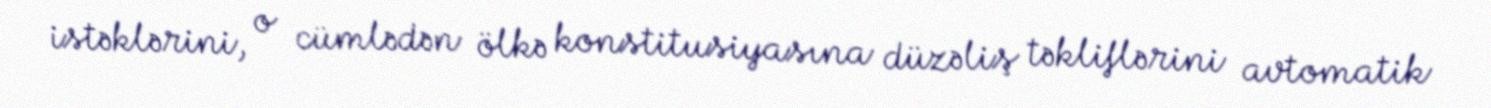
istəklərini, o cümlədən ölkə konstitusiyasına düzəliş təkliflərini avtomatik